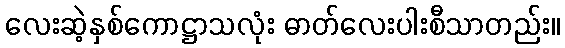
လေးဆဲ့နှစ်ကောဋ္ဌာသလုံး ဓာတ်လေးပါးစီသာတည်း။